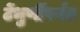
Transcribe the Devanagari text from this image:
टेंभुर्णींपर्यंत